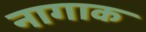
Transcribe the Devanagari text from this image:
नागाक